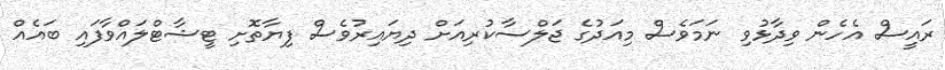
ރައީސް އެހެން ވިދާޅުވި ނަމަވެސް މިއަދުގެ ޖަލްސާކުރިއަށް ދިޔައިރުވެސް ފިޔާތޮށި ޓީޝާޓްލައްވާފައި ބައެއް